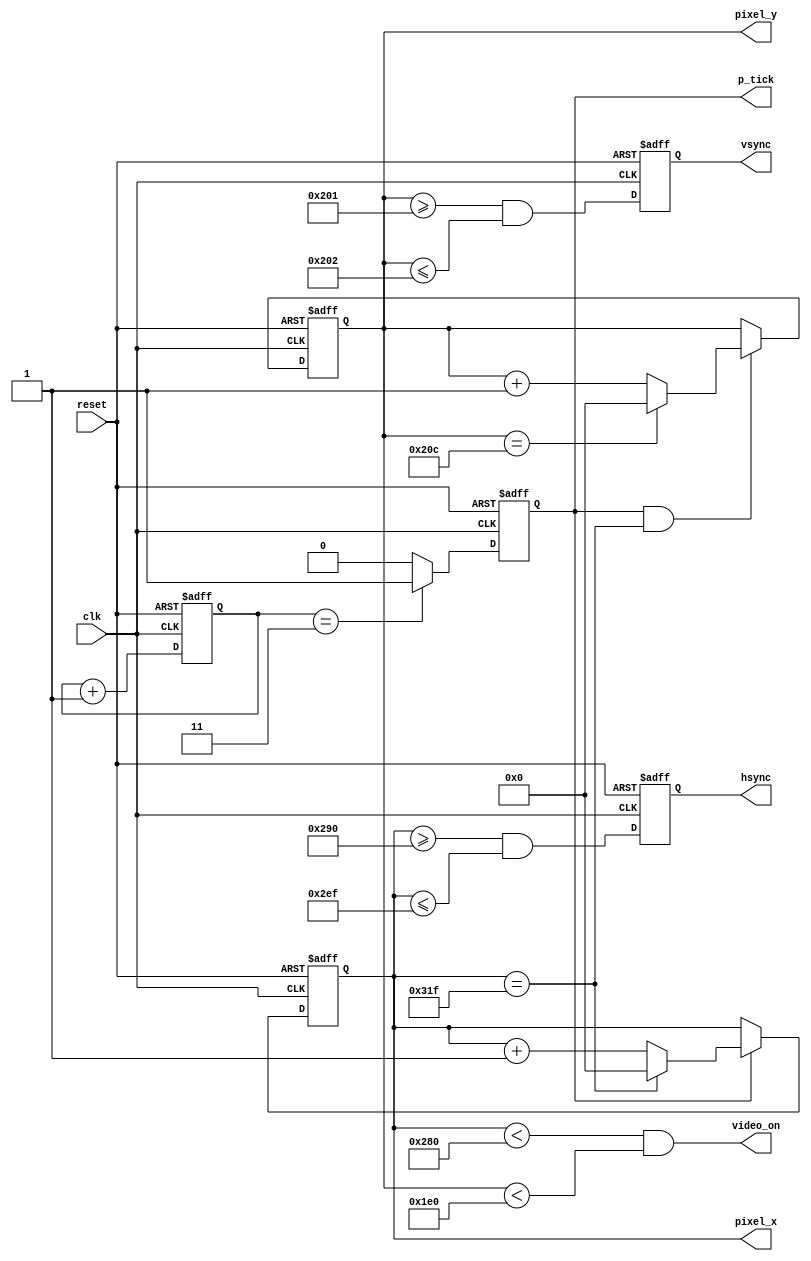
`timescale 1ns / 10ps

module SincronizadorVGA(
	input wire reset,
	input wire clk,
	output wire hsync , vsync , video_on, p_tick,
	output wire [9:0] pixel_x, pixel_y
    );
	 
	   // declaracion de constantes
		// VGA 640-by-480 sync parameters
	localparam HD = 640; // area de display horizontal
	localparam HF = 48 ; //borde izquierdo
	localparam HB = 16 ; //borde derecho
	localparam HR = 96 ; // retraso horizonal
	localparam VD = 480; // area de display vertical
	localparam VF = 10; // borde superior
	localparam VB = 33; // borde inferior
	localparam VR = 2; // retraso vertical
	localparam fre = 3;
	// mod-2 counter
	reg mod2_reg;
	reg mod2_next;
	reg [1:0] cuenta;
	// sync counters
	reg [9:0] h_count_reg, h_count_next;
	reg [9:0] v_count_reg , v_count_next ;
	// output buffer
	reg v_sync_reg , h_sync_reg ;
	wire v_sync_next , h_sync_next ;
	// seal de estado
	wire h_end , v_end , pixel_tick;
	
	// cuerpo del registro

	always @( posedge clk , posedge reset)
		if (reset)
			begin
			cuenta <= 0;
			mod2_reg <= 1'b0;
			v_count_reg <= 0;
			h_count_reg <= 0;
			v_sync_reg <= 1'b0;
			h_sync_reg <= 1'b0;
		end
		else
			begin
			cuenta <= cuenta + 2'b01;
			mod2_reg <= mod2_next ;
			v_count_reg <= v_count_next;
			h_count_reg <= h_count_next;
			v_sync_reg <= v_sync_next ;
			h_sync_reg <= h_sync_next ;
		end
		
		//circuito mod-2 para generar un tick de habilitacion de 25 MHz
	assign pixel_tick = mod2_reg;
	// seales de estado
	// final del contador horizontal (799)
	assign h_end = (h_count_reg == (HD+HF+HB+HR-1));
	// final del contador vertical (524)
	assign v_end = (v_count_reg ==(VD+VF+VB+VR-1));
	
	always @*
	begin
		if (cuenta ==  fre)
			mod2_next = 1;
		else 
			mod2_next = 0;
	end
	
	//logica de estado siguiente para contador de sincronizacion horizontal mod-800.
	always @*
		if (pixel_tick) // Pulso de 25 MHz.
			if (h_end)
				h_count_next = 0;
			else
				h_count_next = h_count_reg + 9'b01;
		else
			h_count_next = h_count_reg;
			
	//logica de estado siguiente para contador de sincronizacion vertical mod-525.
	always @*
		if(pixel_tick & h_end)
			if (v_end)
				v_count_next = 0;
			else 
				v_count_next = v_count_reg + 9'b01;
		else
			v_count_next = v_count_reg;
			
	assign h_sync_next = (h_count_reg >= (HD+HB) && h_count_reg <= (HD+HB+HR-1));
	assign v_sync_next = (v_count_reg >= (VD+VB) && v_count_reg <= (VD+VB+VR-1));
	
	//video on/off
	
	assign video_on = (h_count_reg < HD) && (v_count_reg < VD);
	
	//salida
	assign hsync = h_sync_reg;
	assign vsync = v_sync_reg;
	assign pixel_x = h_count_reg;
	assign pixel_y = v_count_reg;
	assign p_tick = pixel_tick;


endmodule